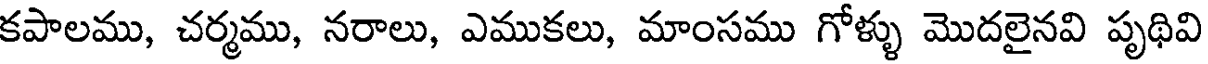
కపాలము, చర్మము, నరాలు, ఎముకలు, మాంసము గోళ్ళు మొదలైనవి పృథివి